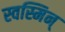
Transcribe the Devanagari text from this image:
स्वस्मिन्